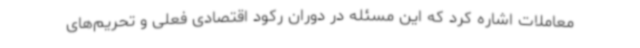
معاملات اشاره کرد که این مسئله در دوران رکود اقتصادی فعلی و تحریم‌های